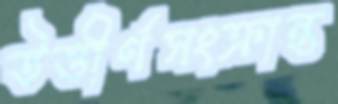
উত্তীর্ণসংক্রান্ত